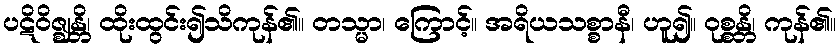
ပဋိဝိဇ္ဈန္တိ၊ ထိုးထွင်း၍သိကုန်၏။ တသ္မာ၊ ကြောင့်။ အရိယသစ္စာနီ၊ ဟူ၍။ ဝုစ္စန္တိ၊ ကုန်၏။